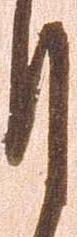
月